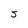
Character: 5